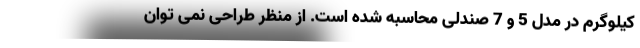
کیلوگرم در مدل 5 و 7 صندلی محاسبه شده است. از منظر طراحی نمی توان